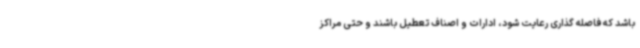
باشد که فاصله گذاری رعایت شود، ادارات و اصناف تعطیل باشند و حتی مراکز